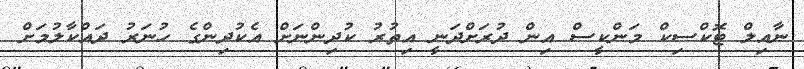
ނާއިލް ޓޮކްސިކް މަންކީސް އިން ދުރަށްދަނީ އިތުރު ކުދިންނަށް އެކުދިންގެ ހުނަރު ދައްކާލުމަށް